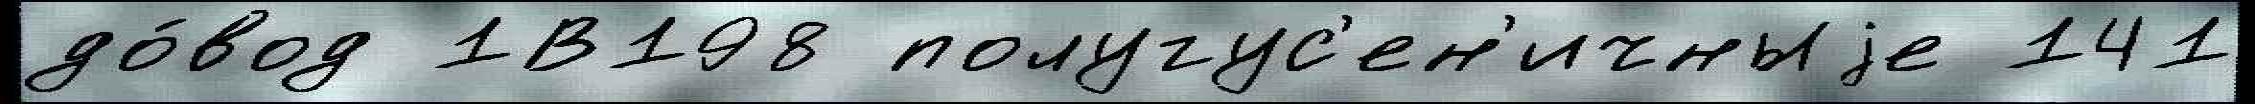
до́вод 1В198 полугус'ен'ичныjе 141